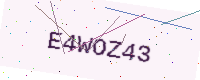
Text: E4WOZ43